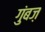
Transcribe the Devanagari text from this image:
गुंबज़